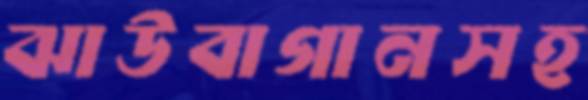
ঝাউবাগানসহ